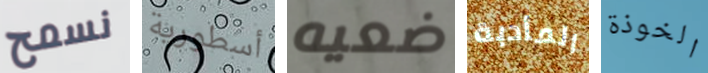
نسمح أسطورية ضعيه المأدبة الخوذة